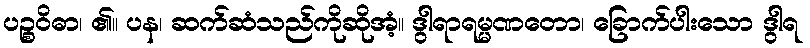
ပဉ္စဝိဓာ၊ ၏။ ပန၊ ဆက်ဆံသည်ကိုဆိုအံ့။ ဒွါရာရမ္မဏတော၊ ခြောက်ပါးသော ဒွါရ